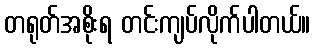
တရုတ်အစိုးရ တင်းကျပ်လိုက်ပါတယ်။